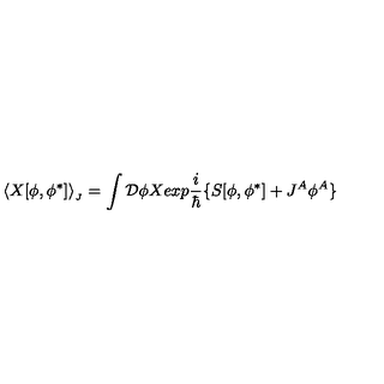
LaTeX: \langle X [ \phi , \phi ^ { \ast } ] \rangle _ { _ J } = \int { \cal D } \phi X e x p { \frac { i } { \hbar } } \{ S [ \phi , \phi ^ { \ast } ] + J ^ { A } \phi ^ { A } \}